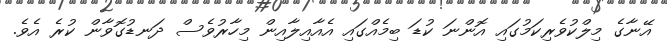
އޭނާގެ މިލްކުވެރިކަމުގައި އޮންނަ ކުޑަ ބިމެއްގައި އެއާއިލާއިން މިހާރުވެސް ދަނޑުގޮވާން ކުރެ އެވެ.